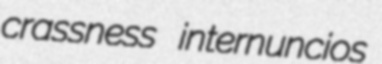
crassness internuncios